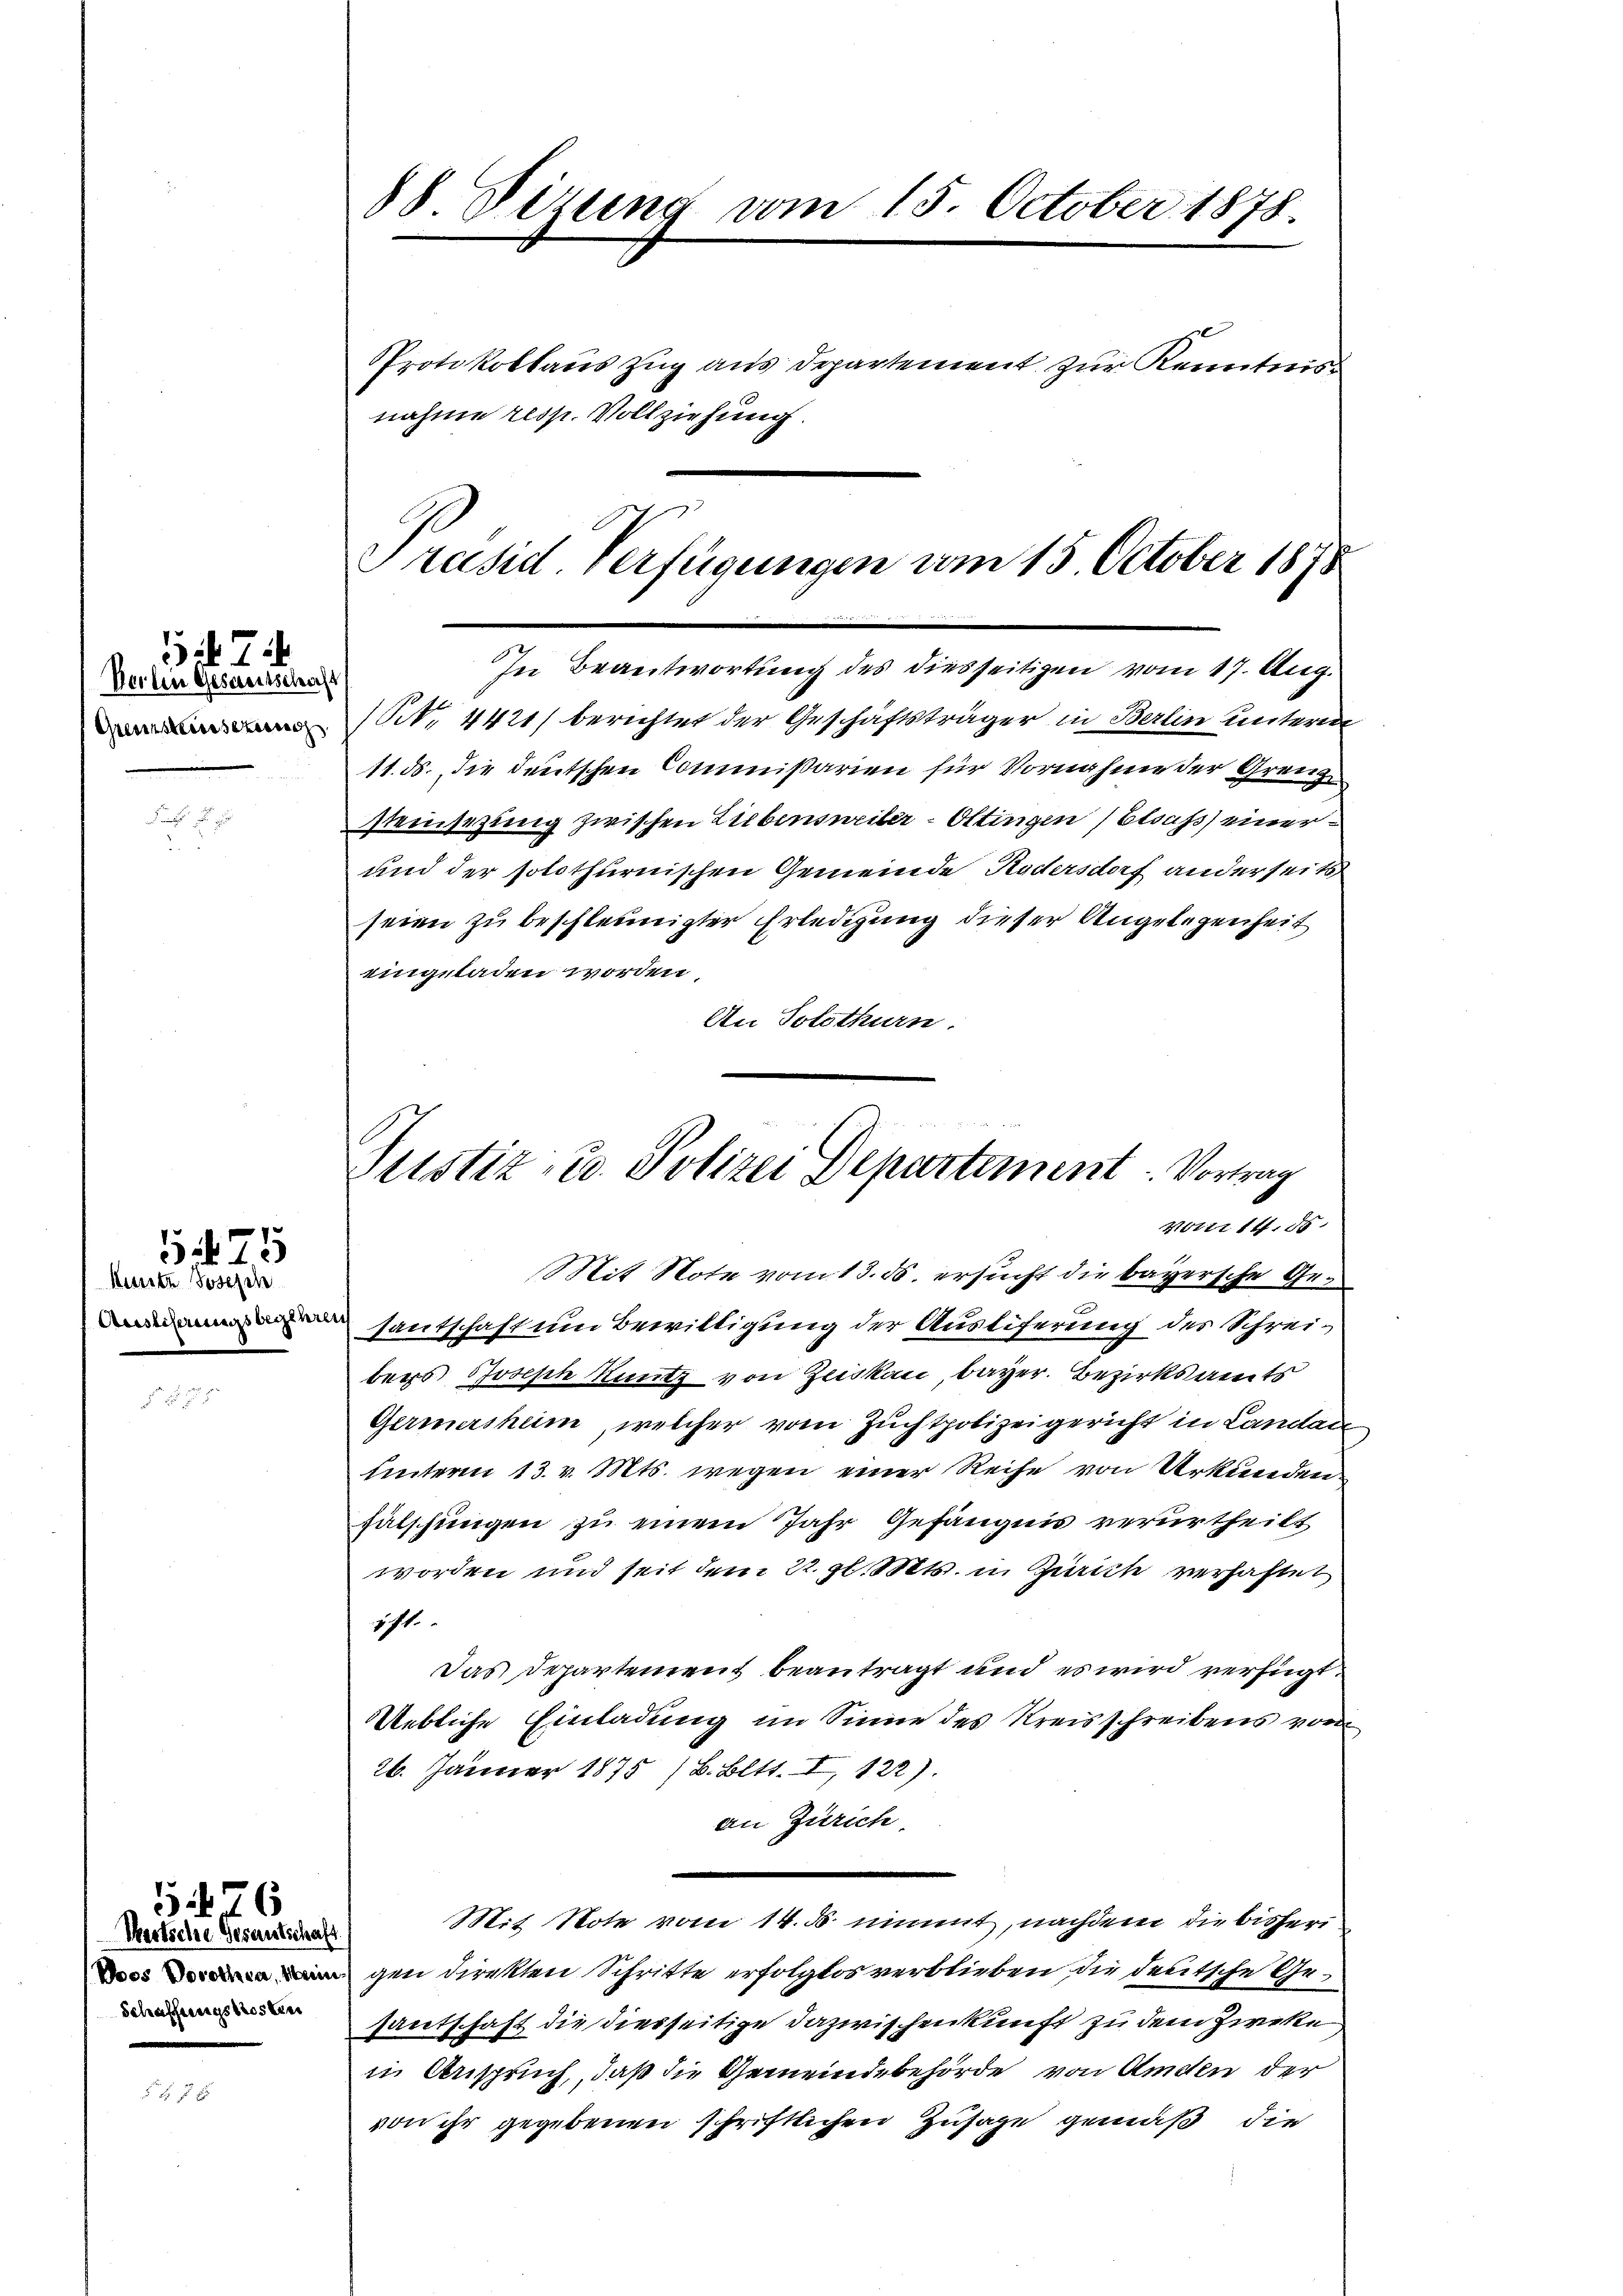
Beilen Gesamtschich
Grenzstausezens

7.

Kurtz Josesch
Auslieferungsbegen

5475

56

Wertsche Gesenstschaft
Schaffungskosten

88. Dezung vom 15. October 1878.
Protokollauszug aus Departement zur Kenntni
nahme resp. Vollziehung.

Präsid. Verfügungen vom 15. October 1878
In Beantwortung des diesseitigen vom 17. Aug.

Justiz- u. Polizei Departement: Vortrag
Votti 14. 55.
Mit Note vom 13. ds. ersucht die bayersche Ge¬

NNo. 4421/ berichtet der Geschäftsträger in Berlin unterm
11. ds. die deutschen Commißarien für Vornahme der Grenz
steinsezung zwischen Lebensweiler-Ottingen) Elsass einer
und der solothurnischen Gemeinde Rudersdorf anderseits
seien zu beschleunigter Erledigung dieser Angelegenheit
eingeladen worden,
An Solothurn,
sautschaft um Bewilligung der Austiferung des Schreibers Joseph Kunz von Zeiskai, bayer. Bezirksamts
Germashum, welcher vom Zuchtpolizeigericht in Landan
Unterm 13. v. Mts. wegen einer Reihe von Urkunden
fälschungen zu einem Jahr Gefängnis verurtheilt
worden und seit dem 22. gl. Mts. in Zürich verhaftet
iht.
Das Departement beantragt und es wird verfügt:
Uebliche Einladung im Sinne des Kreisschreibens von
26. Jänner 1875 (B. Bett. I, 122).
an Zürich
Mit Note vom 14. d. nimmt, nachdem die bisheri
ngen direkten Schritte erfolglos verblieben die deutsche Gesautschaft die diesseitige Dazwischenkunft zu dem Zweke
in Anspruch, daß die Gemeindebehörde von Amden der
von ihr gegebenen schriftlichen Zusage gemäß die